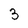
Character: 3